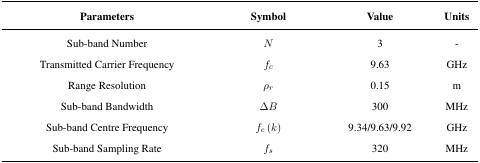
<table><thead><tr><td><b>Parameters</b></td><td><b>Symbol</b></td><td><b>Value</b></td><td><b>Units</b></td></tr></thead><tbody><tr><td>Sub-band Number</td><td><i>N</i></td><td>3</td><td>-</td></tr><tr><td>Transmitted Carrier Frequency</td><td><i>f<sub>c</sub></i></td><td>9.63</td><td>GHz</td></tr><tr><td>Range Resolution</td><td><i>ρr</i></td><td>0.15</td><td>m</td></tr><tr><td>Sub-band Bandwidth</td><td>Δ<i>B</i></td><td>300</td><td>MHz</td></tr><tr><td>Sub-band Centre Frequency</td><td><i>f<sub>c</sub></i> (<i>k</i>)</td><td>9.34/9.63/9.92</td><td>GHz</td></tr><tr><td>Sub-band Sampling Rate</td><td><i>f<sub>s</sub></i></td><td>320</td><td>MHz</td></tr></tbody></table>